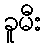
ခူမီး